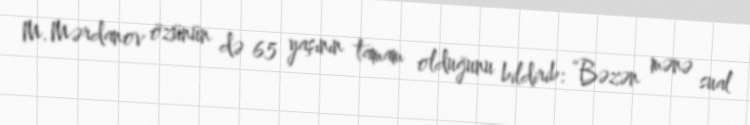
M.Mərdanov özünün də 65 yaşının tamam olduğunu bildirib: “Bəzən mənə sual